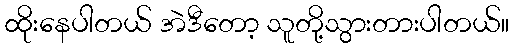
ထိုးနေပါတယ် အဲဒီတော့ သူတို့သွားတားပါတယ်။